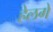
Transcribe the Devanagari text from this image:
हेलगे